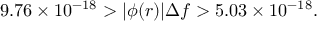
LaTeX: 9 . 7 6 \times 1 0 ^ { - 1 8 } > | \phi ( r ) | \Delta f > 5 . 0 3 \times 1 0 ^ { - 1 8 } .